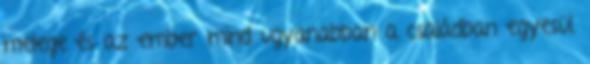
melege és az ember mind ugyanabban a családban egyesül.